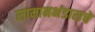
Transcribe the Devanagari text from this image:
सामानभंडाराचे